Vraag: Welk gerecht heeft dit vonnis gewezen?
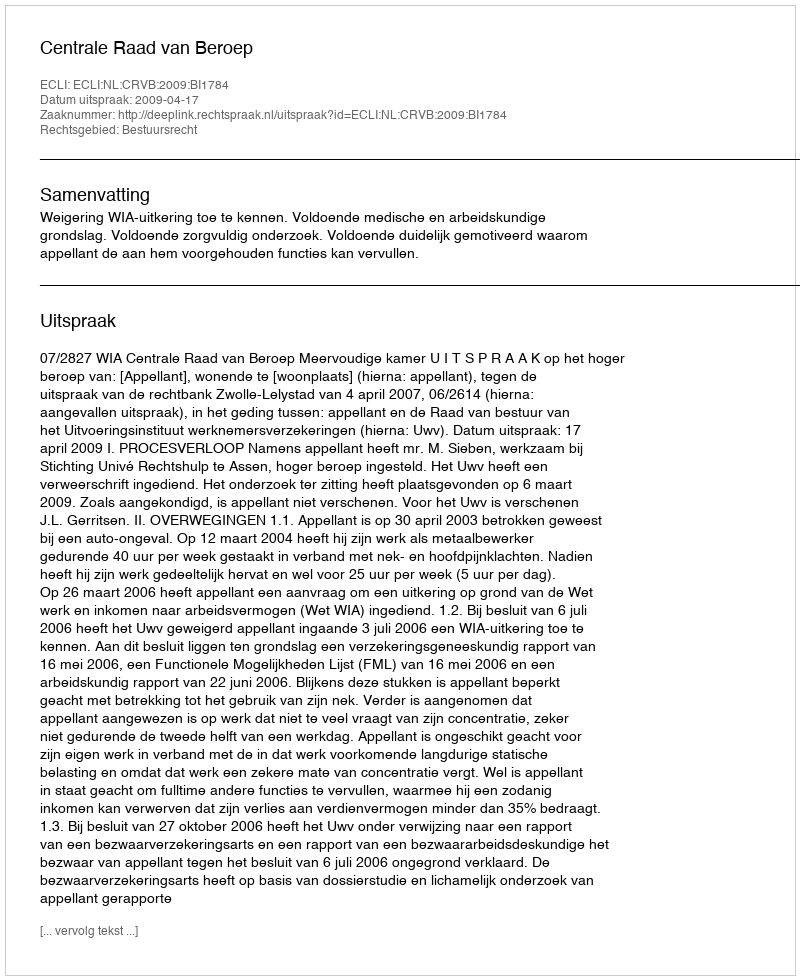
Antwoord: Centrale Raad van Beroep